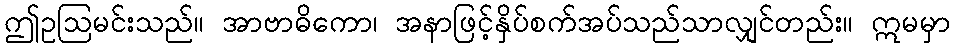
ဤဥဩမင်းသည်။ အာဗာဓိကော၊ အနာဖြင့်နှိပ်စက်အပ်သည်သာလျှင်တည်း။ ဣမမှာ